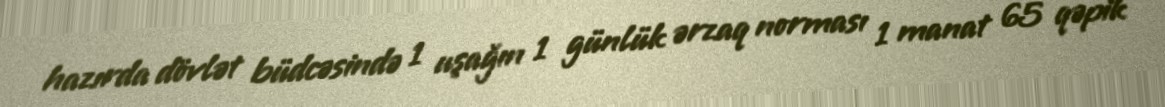
hazırda dövlət büdcəsində 1 uşağın 1 günlük ərzaq norması 1 manat 65 qəpik